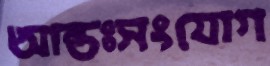
আন্তঃসংযোগ